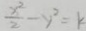
\frac { x ^ { 2 } } { 2 } - y ^ { 2 } = k